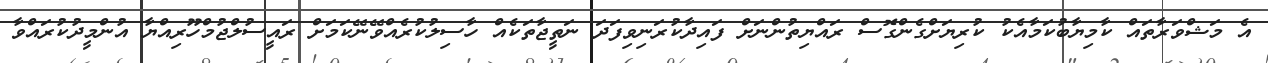
އެ މަޝްވަރާތައް ކާމިޔާބުކަމާއެކު ކުރިޔަށްގެންގޮސް ރައްޔިތުންނަށް ފައިދާކުރަނިވިފަދަ ނަތީޖާތަކެއް ހާސިލުކުރެއްވޭނޭކަމަށް ރައީސުލްޖުމްހޫރިއްޔާ އުންމީދުކުރައްވާ